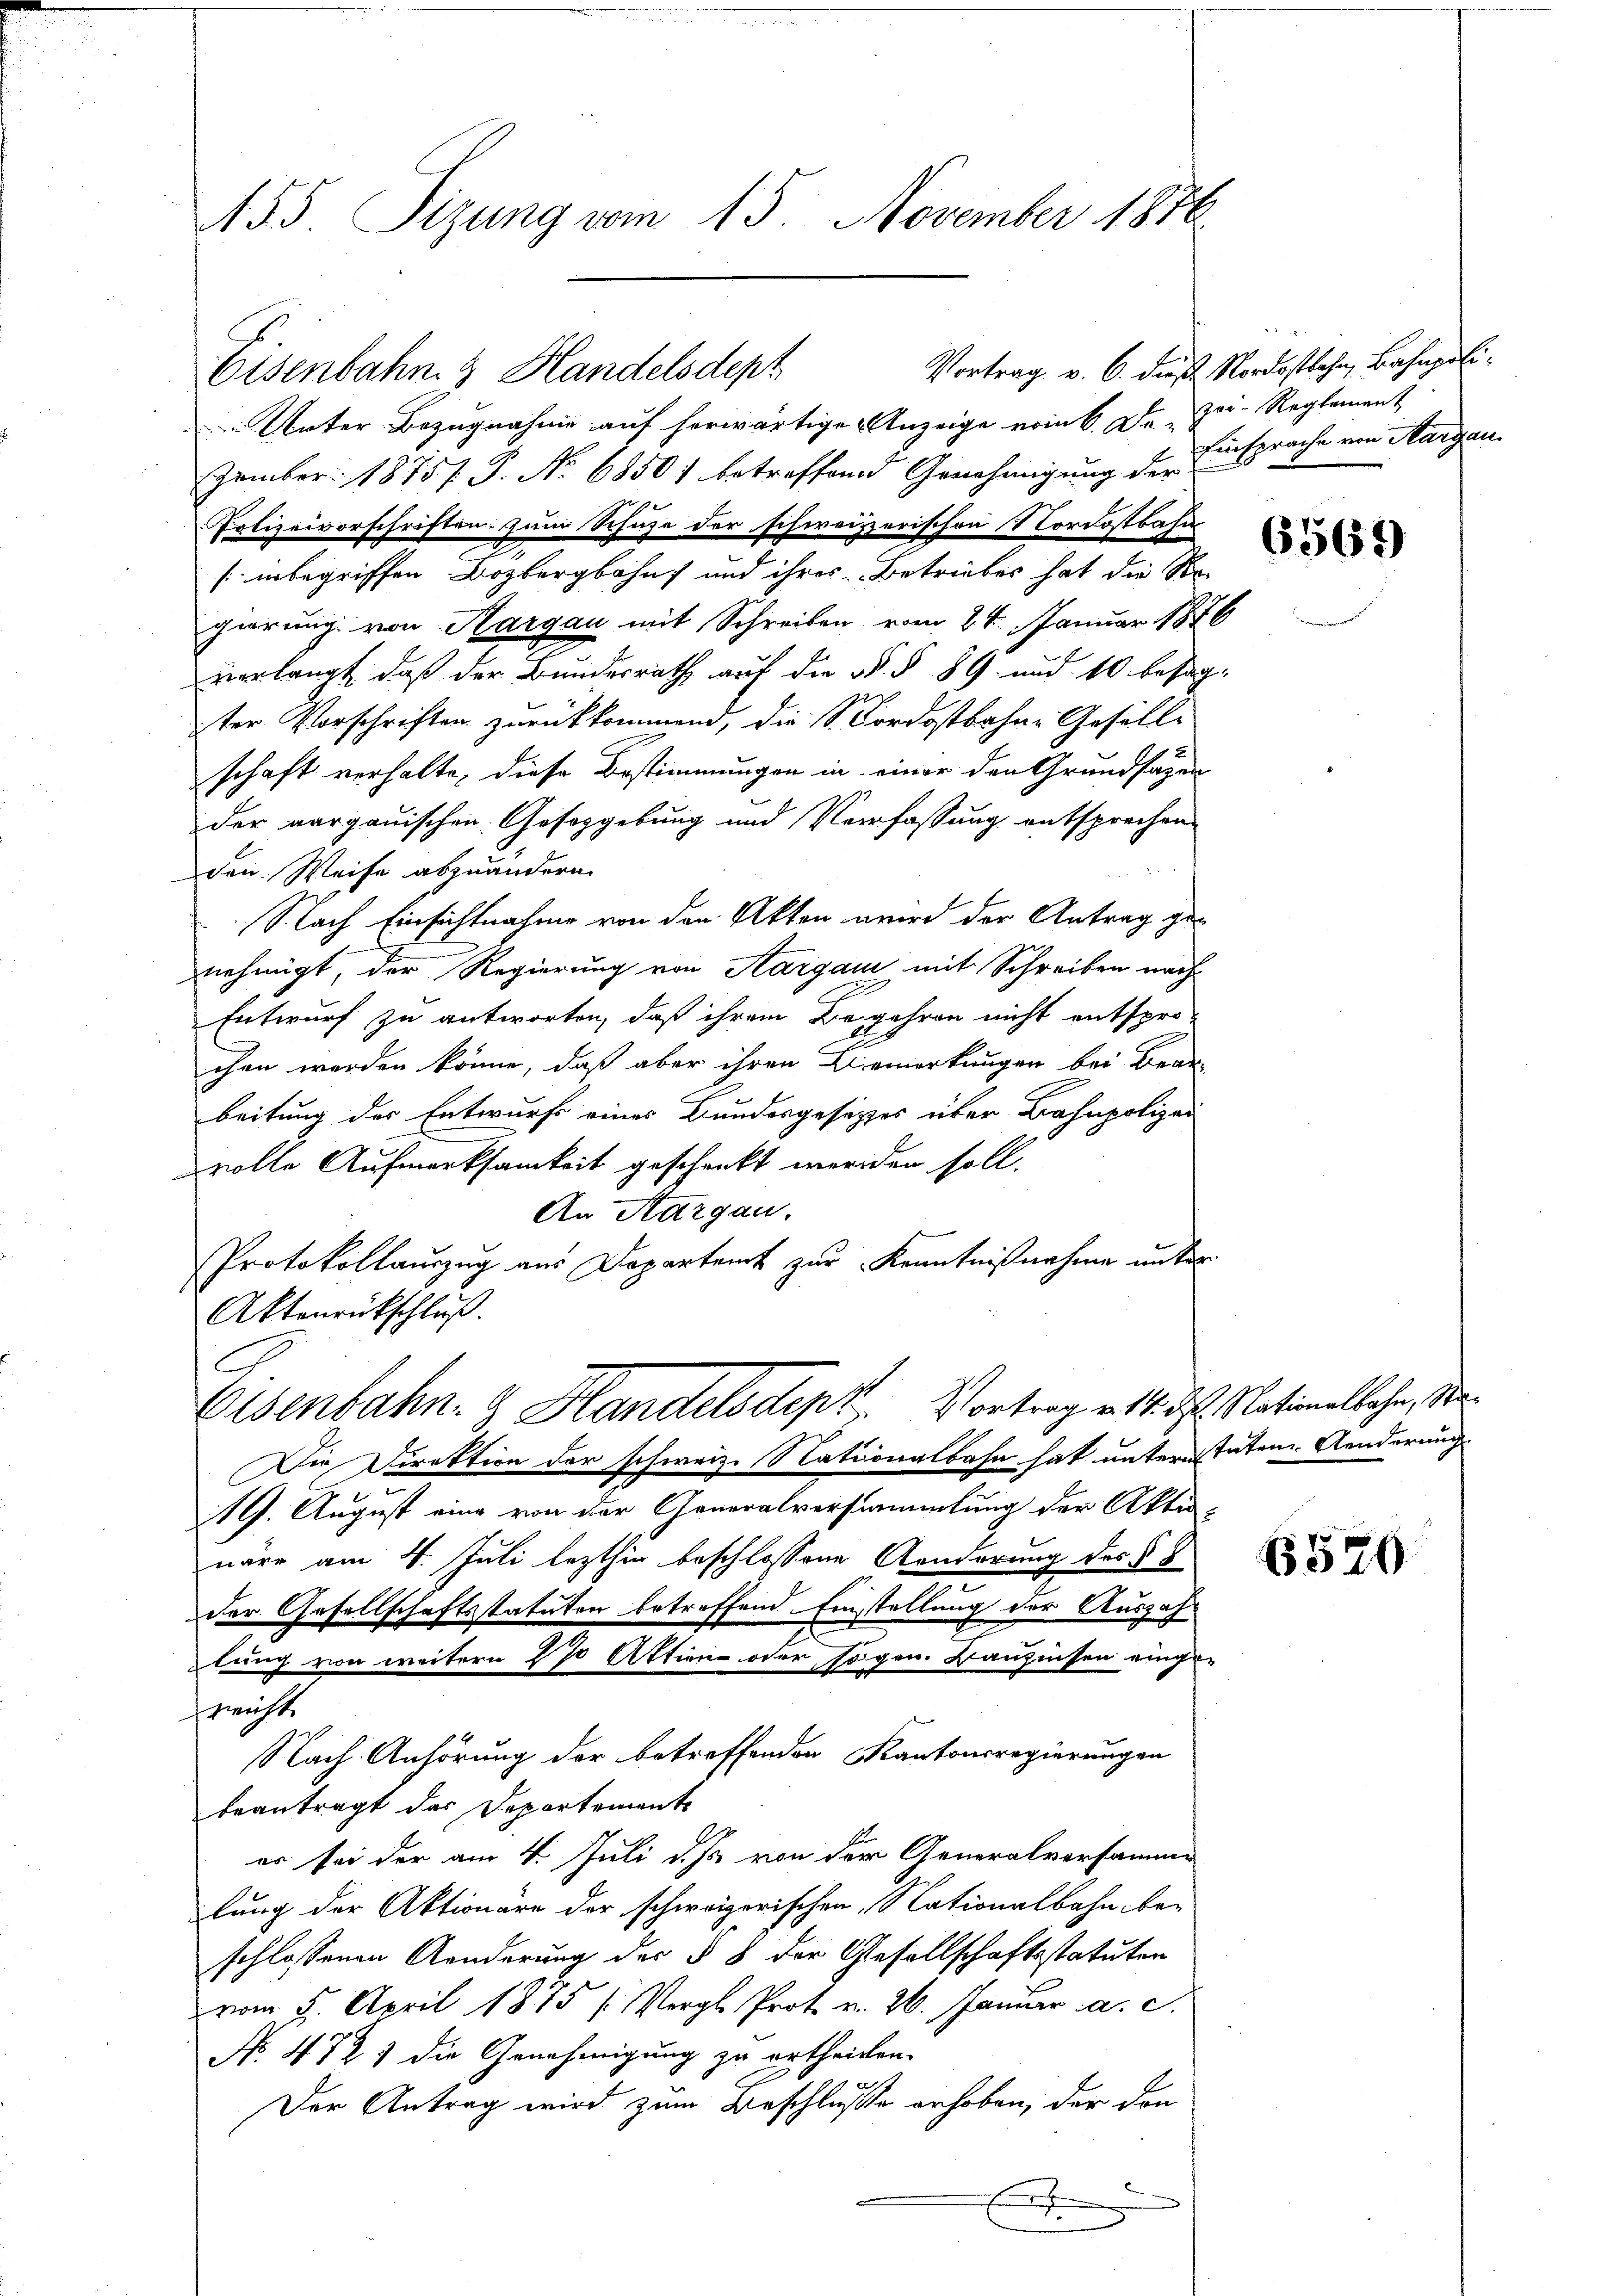
455. Sizung vom 15. November 1876

Eisenbahn & Handelsdept
Unter Bezugnahme auf herwärtige Anzeige vom 6. De zer-Reglement
zember 1875/. G. No 6850) betreffend Genehmigung der
Polizeivorschriften. Zum Schuze der schweizzerischen Nordostbahn
[inbegriffen Bozbergbahn und ihres Betriebes hat die Re-
gierung von Aargau mit Schreiben vom 24. Januar 1876
verlangt, daß der Bundesrath auf die §. § 89. und 10 besagter Vorschriften zurückkommend, die Nordostbahne Gesell-
schaft verhalte, diese Bestimmungen in einer den Grundsazen
der aargauischen Gesetzgebung und Verfassung entsprechen
den Weise abzuändern.
Nach Einsichtnahme von den Akten wird der Antrag ge-
nehmigt, der Regierung von Aargau mit Schreiben nach
Entwurf zu antworten, daß ihrem Begehren nicht entspro-
chen werden könne, daß aber ihren Bemerkungen bei Bran-
beitung der Entwurf eines Bundesgesetzes über Bahnpolizei
volle Aufmerksamkeit geschenkt werden soll.
An Aargau.
Protokollauszug aus Departamt zur Kenntnißnahme unter
Aktenrückschluß.
Eisenbahn- & Handelsdept. Vortrag v. 14. ds. Nationalbahn, d
Die Direktion der schweiz. Stationalbahn hat unteren tuten Aenderung
19. August eine von der Generalversammlung der Akti-
näre am 4. Juli lezthig beschlossene Aenderung des § 8
der Gesellschaftsstatuten betreffend. Einstellung der Auszahlung von weitern 270 Aktien oder sogen. Banzinsen einge-
reicht
Nach Anhörung der betreffenden Kantonsregierungen
beantragt der Departemente
er sei der am 4. Juli d. Js. von der Generalversamme
lung der Aktionare der schweizerischen Nationalbahn beschlossenen Aenderung der § 8 der Gesellschaftsstatuten
vom 5. April 1875 (Vergl. Prot. v. 26. Januar a. c.
No. 4727 die Genehmigung zu ertheilen.
Der Antrag wird zum Beschlüsse erhoben, der den

Vortrag v. 6. dieß Nordostbahn, Bahnpoli¬
Einsprache von Margau.

6569

5520